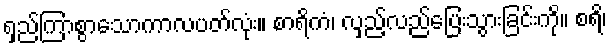
ရှည်ကြာစွာသောကာလပတ်လုံး။ စာရိကံ၊ လှည့်လည်ပြေးသွားခြင်းကို။ စရိ၊